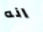
انه